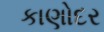
કાણોદર